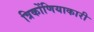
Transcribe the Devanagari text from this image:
त्रिकोंणियाकारी